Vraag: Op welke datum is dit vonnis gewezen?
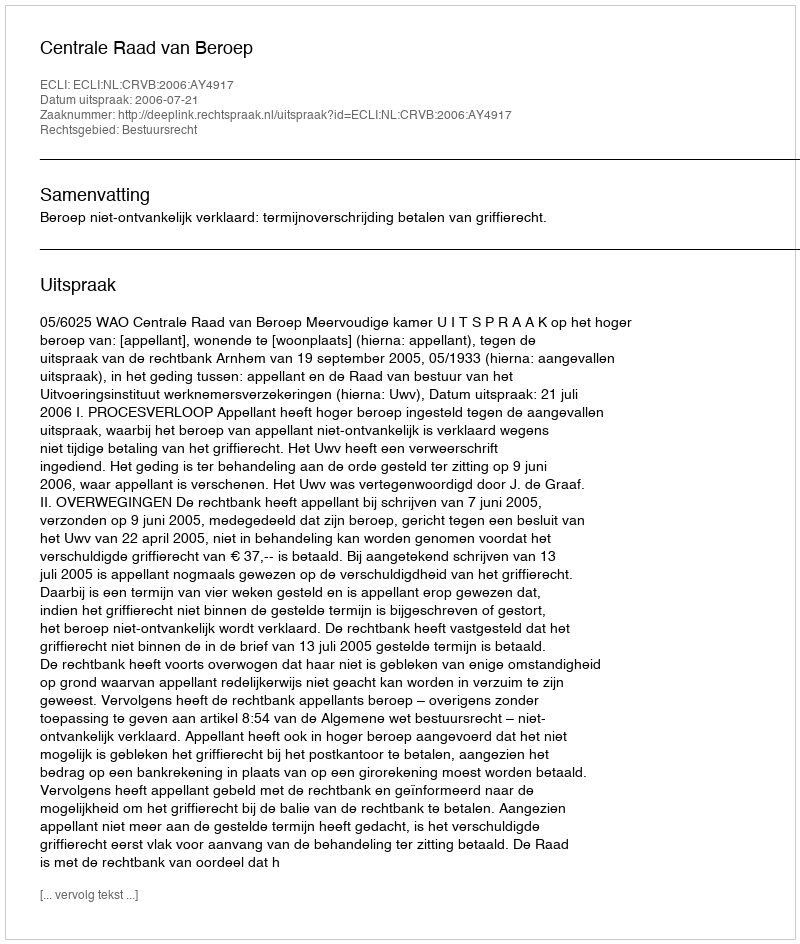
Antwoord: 2006-07-21